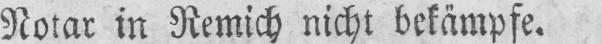
Notar in Remich nicht bekämpfe.